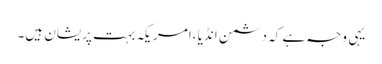
یہی وجہ ہے کہ دشمن انڈیا ،امریکہ بہت پریشان ہیں۔